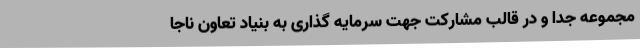
مجموعه جدا و در قالب مشارکت جهت سرمایه گذاری به بنیاد تعاون ناجا